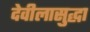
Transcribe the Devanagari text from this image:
देवीलासुद्धा